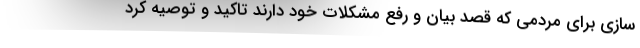
سازی برای مردمی که قصد بیان و رفع مشکلات خود دارند تاکید و توصیه کرد